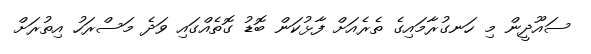
ސައޫދީން މި ހަނގުރާމައިގެ ތެރެއަށް ފާޅުކަން ބޮޑު ގޮތެއްގައި ވަދެ މަސްރަހު އިތުރަށް